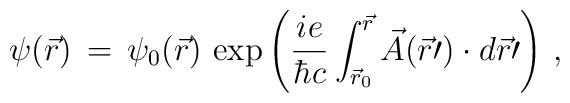
\psi(\vec r)\,=\,\psi_0(\vec r)\,\exp \left( \frac{ie}{\hbar c}\int_{{\vec{r}}_{0}}^{\vec{r}} \vec{A}(\vec{r} \prime) \cdot d\vec{r}\prime \right)\,,